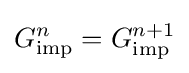
G_{\mathrm {imp} }^{n}=G_{\mathrm {imp} }^{n+1}